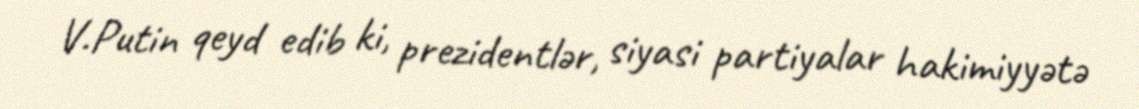
V.Putin qeyd edib ki, prezidentlər, siyasi partiyalar hakimiyyətə